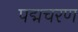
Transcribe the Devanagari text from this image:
पद्मचरण